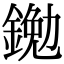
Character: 𨩯